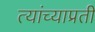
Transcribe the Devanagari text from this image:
त्यांच्याप्रती